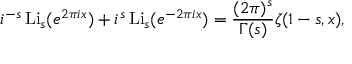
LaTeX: i ^ { - s } \operatorname { L i } _ { s } ( e ^ { 2 \pi i x } ) + i ^ { s } \operatorname { L i } _ { s } ( e ^ { - 2 \pi i x } ) = { \frac { ( 2 \pi ) ^ { s } } { \Gamma ( s ) } } \zeta ( 1 - s , x ) ,